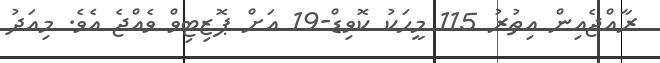
ރާއްޖެއިން އިތުރު 115 މީހަކު ކޮވިޑް-19 އަށް ޕޮޒިޓިވް ވެއްޖެ އެވެ. މިއަދު